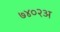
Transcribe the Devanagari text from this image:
७४०२अ